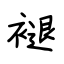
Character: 褪